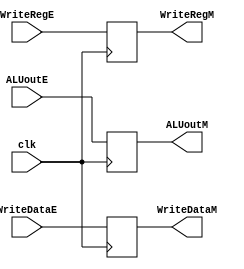
`timescale 1ns / 1ps
//////////////////////////////////////////////////////////////////////////////////
// Company: 
// Engineer: 
// 
// Design Name: 
// Module Name:    latch_3_signal 
// Project Name: 
// Target Devices: 
// Tool versions: 
// Description: 
//
// Dependencies: 
//
// Revision: 
// Revision 0.01 - File Created
// Additional Comments: 
//
//////////////////////////////////////////////////////////////////////////////////
module latch_exec_out(

	input wire [31:0]ALUoutE,
	input wire [31:0]WriteDataE,
	input wire [4:0]WriteRegE,
	
	output reg [31:0]ALUoutM,
	output reg [31:0]WriteDataM,
	output reg [4:0]WriteRegM,
	
	input wire clk
    );
	 
	 always@(posedge clk)
	 begin
			ALUoutM <= ALUoutE;
			WriteDataM <= WriteDataE;
			WriteRegM <= WriteRegE;
	 end


endmodule